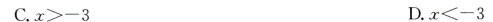
C.$$x > - 3$$ D.$$x < - 3$$